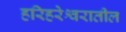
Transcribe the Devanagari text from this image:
हरिहरेश्वरातील